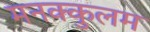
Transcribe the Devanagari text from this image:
मनक्कुलम